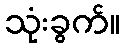
သုံးခွက်။